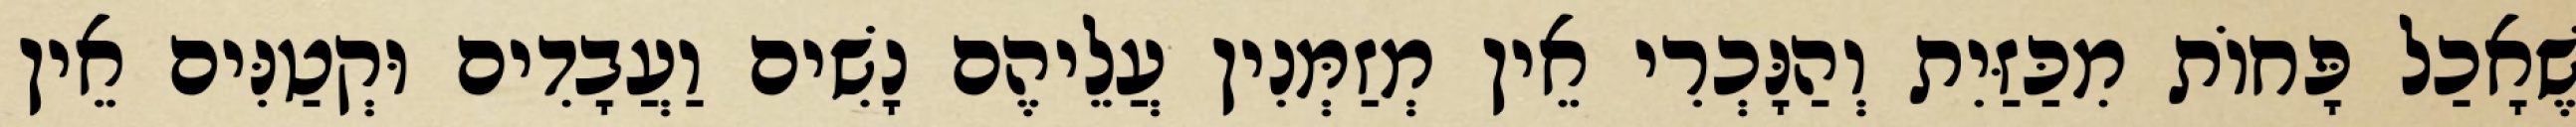
שֶׁאָכַל פָּחוֹת מִכַּזַּיִת וְהַנָּכְרִי אֵין מְזַמְּנִין עֲלֵיהֶם נָשִׁים וַעֲבָדִים וּקְטַנִּים אֵין